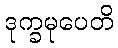
ဒုက္ခမုပေတိ